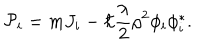
{ \cal P } _ { i } = m J _ { i } - \hbar { \frac { \lambda } { 2 } } \rho ^ { 2 } \phi _ { i } \phi _ { i } ^ { * } .